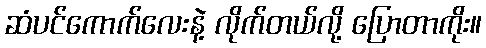
ဆံပင်ကောက်လေးနဲ့ လိုက်တယ်လို့ ပြောတာကိုး။